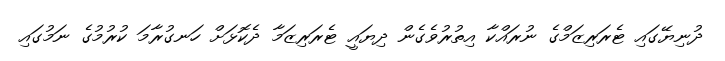
ދުނިޔޭގައި ޓެރަރިޒަމްގެ ނުރައްކާ އިތުރުވެގެން ދިޔައީ ޓެރަރިޒަމާ ދެކޮޅަށް ހަނގުރާމަ ކުރުމުގެ ނަމުގައި